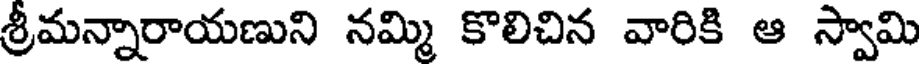
శ్రీమన్నారాయణుని నమ్మి కొలిచిన వారికి ఆ స్వామి